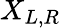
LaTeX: X_{L,R}